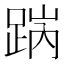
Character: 𨁧